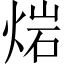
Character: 𤊤